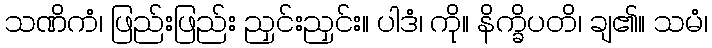
သဏိကံ၊ ဖြည်းဖြည်း ညှင်းညှင်း။ ပါဒံ၊ ကို။ နိက္ခိပတိ၊ ချ၏။ သမံ၊